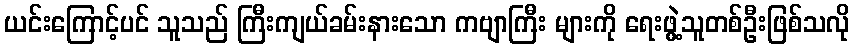
ယင်းကြောင့်ပင် သူသည် ကြီးကျယ်ခမ်းနားသော ကဗျာကြီး များကို ရေးဖွဲ့သူတစ်ဦးဖြစ်သလို